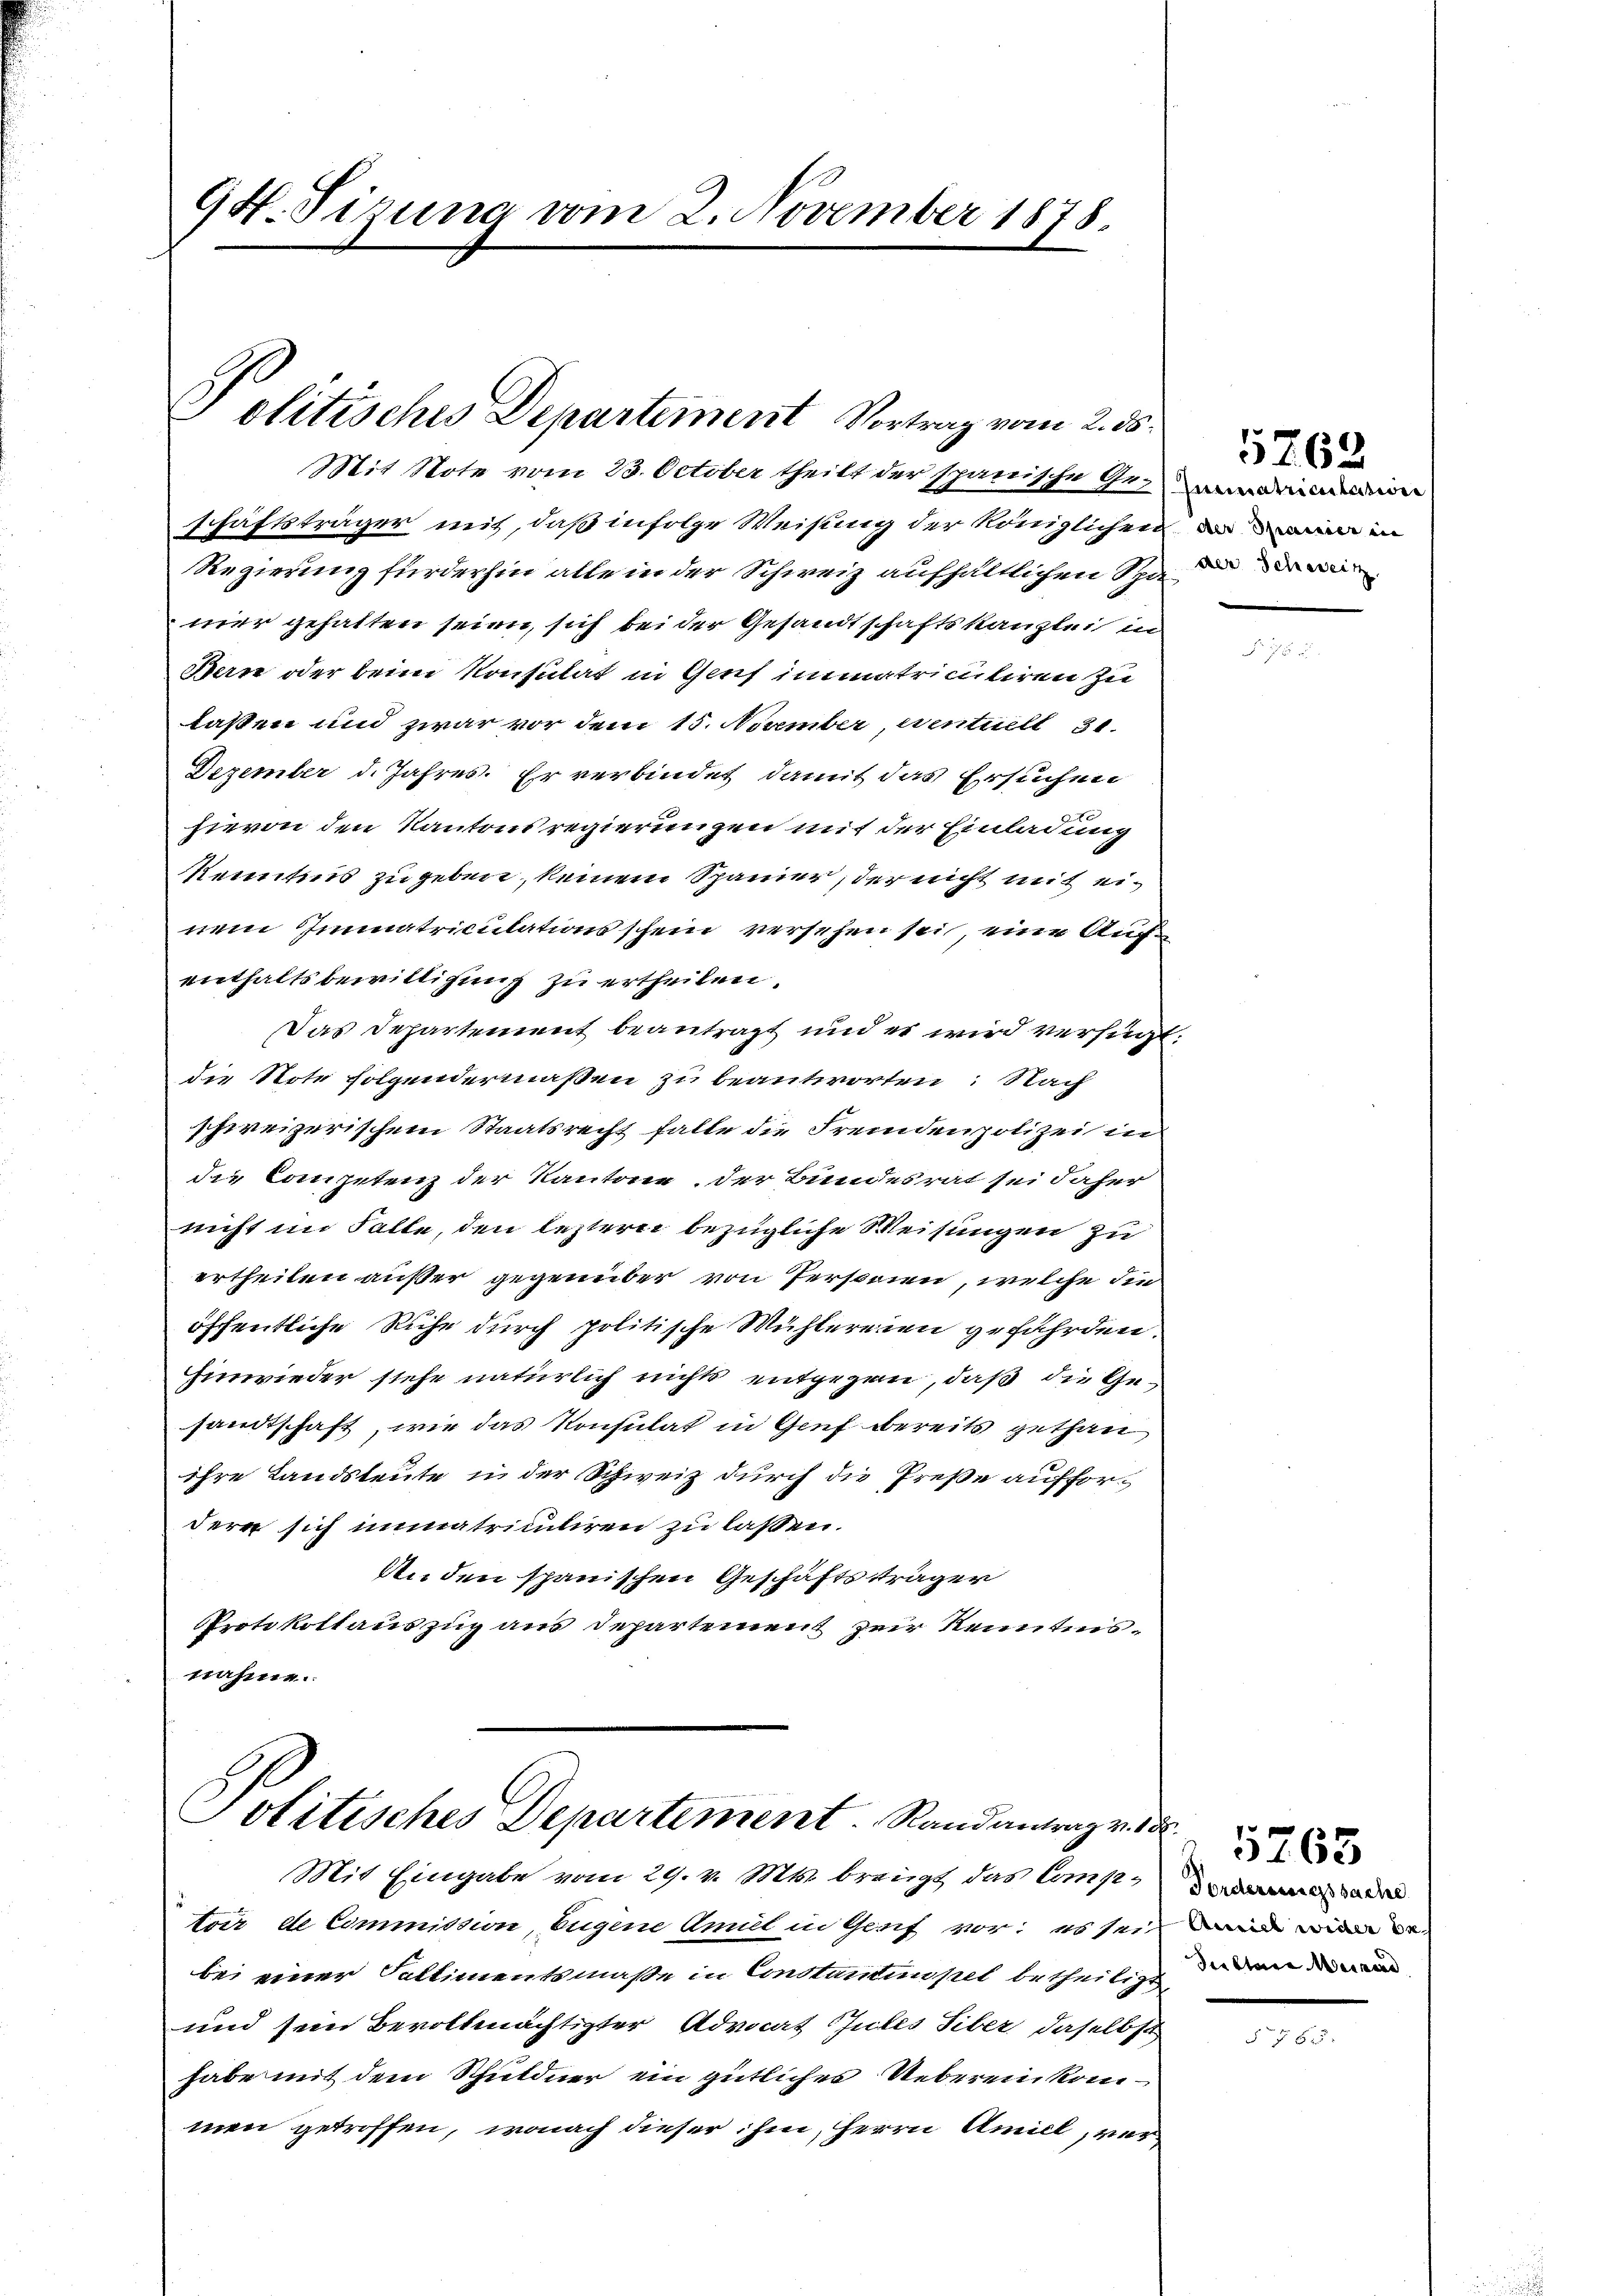
94. Sitzung vom 2. November 1878.

Jolitisches Departement Vortrag vom 2. ds.

Mit Note vom 23. October theilt der spanische Gegendenen
schäftsträger mit, daß infolge Weisung der Königlichen in
Regierung fürderhin alle in der Schweiz aufhältlichen Spa die der in
mer gehalten seien, sich bei der Gesandtschaftskanzlei in
Bern oder beim Konsulat in Genf immatriculiren zu
laßen und zwar vor dem 15. November, ventuell 31.
Dezember d. Jahres. Er verbindet, damit das Ersuchen
hievon den Kantonsregierungen mit der Einladung
Kenntnis zugeben, keinem Spanier, der nicht mit einem Immatriculationsschein versehen sei, eine Aufenthaltsbewilligung zu ertheilen.
Das Departement beantragt und es wird verfügt:
die Note folgendermaßen zu beantworten: Nach
schweizerischem Staatsrecht falle die Fremdenpolizei in
die Competenz der Kantone, der Bundesrat sei daher
nicht im Falle, den lezterer bezügliche Weisungen zu
ertheilen außer gegenüber von Personen, welche die
öffentliche Ruhe durch politische Mühlereien gefährden.
Einwieder stehe natürlich nichts entgegen, daß die Gesandtschaft, wie das Konsulat in Genf bereits gethan
ihre Landsleute in der Schweiz durch die Preße auffordern sich immatriculiren zu laßen.
An den spanischen Geschäftsträger
Protokollauszug aus Departement zur Kenntnisnahme.

Politisches Departement. Randantrag v. dr.

Mit Eingabe vom 29. v. Mts. bringt das Comptoir de Commission, Eugene Amul in Genf vor; es sei und worden er
bei einer Soltimentsmaße in Constantempel betheiligt
und sein Bevollmächtigter Advocat Gutes Tiber daselbst
habe mit dem Schuldner ein gütliches Uebereinkommen getroffen, wonach dieser ihm, Herrn Amill, ver¬

5762

Traktere Meiner

1765